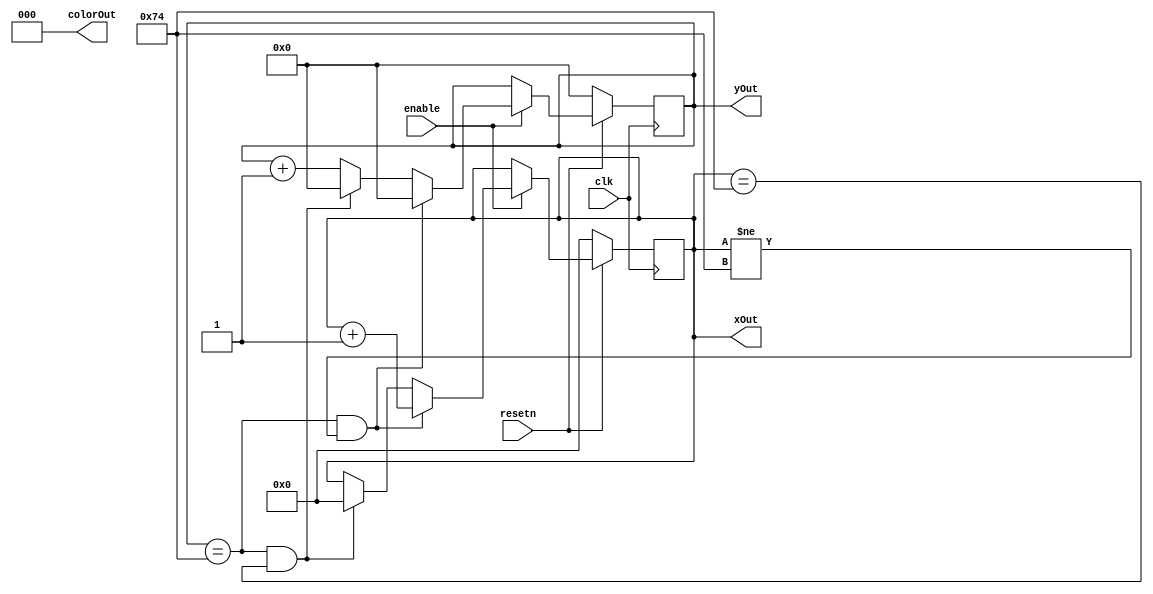
module clear(clk, enable, resetn, colorOut, xOut, yOut);
	input clk, enable, resetn;
	output [2: 0] colorOut;
	output [7: 0] xOut;
	output [6: 0] yOut;
	
	reg [7:0]x;
	reg [6:0]y;
	
	always @(posedge clk)
	begin
		if (resetn == 0)
			begin
				x <= 0;
				y <= 0;
			end
		else if (enable == 1'b1)
			begin
				if (y == 7'd116 && x != 8'd116)
					begin
						y <= 0;
						x <= x + 1;
					end
				else if (y == 7'd116 && x == 8'd116)
					begin
						x <= 0;
						y <= 0;
					end
				else
					y <= y + 1;
			end
	end
	
	assign xOut = x;
	assign yOut = y;
	assign colorOut = 3'b000;
	
endmodule